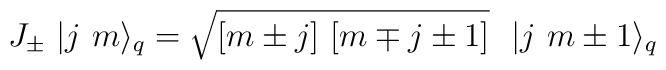
J_{\pm }\ |j\ m\rangle _{q}=\sqrt{[m\pm j]\ [m\mp j\pm 1]}\ \ |j\ m\pm1\rangle _{q}